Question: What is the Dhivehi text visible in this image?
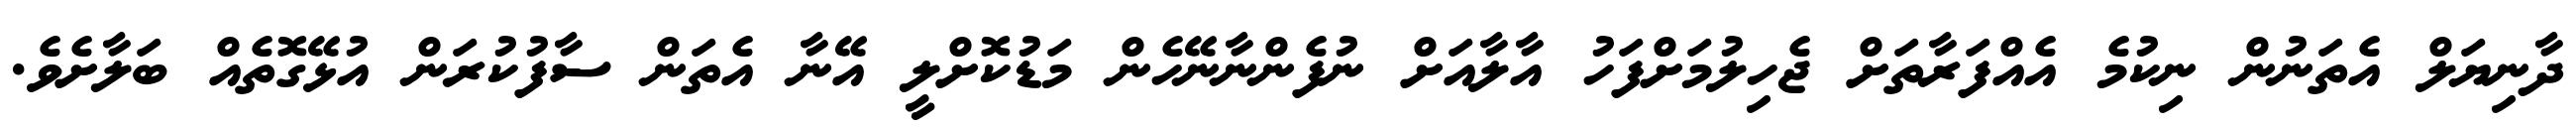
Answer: ދާނިޔަލް އެތަނުން ނިކުމެ އެއްފަރާތަށް ޖެހިލުމަށްފަހު އާލާއަށް ނުފެންނާނޭހެން މަޑުކޮށްލީ އޭނާ އެތަން ސާފުކުރަން އުޅޭގޮތެއް ބަލާށެވެ.